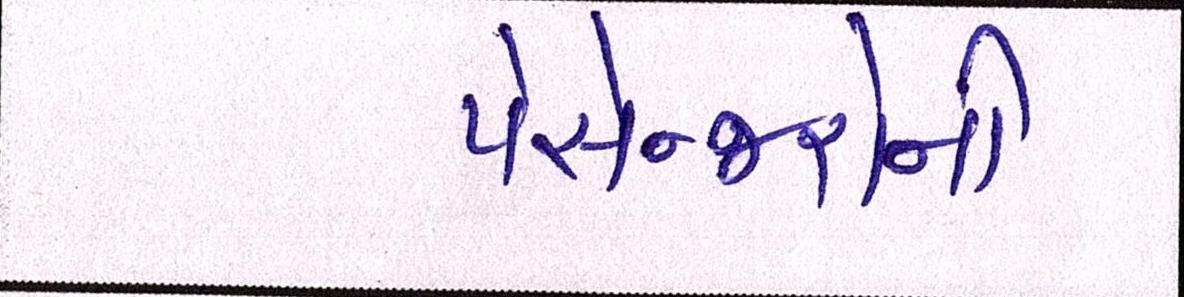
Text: પેસેન્જરોની